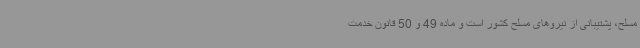
مسلح، پشتیبانی از نیروهای مسلح کشور است و ماده 49 و 50 قانون خدمت